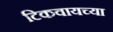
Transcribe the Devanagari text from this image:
टिकवायच्या